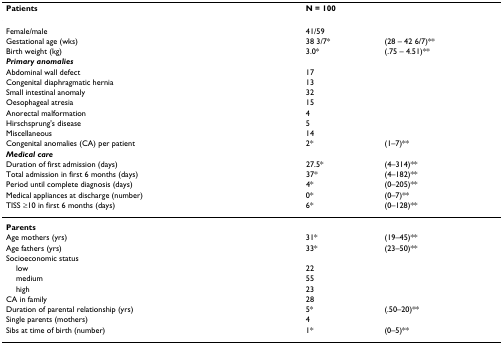
<table><thead><tr><td><b>Patients</b></td><td><b>N = 100</b></td><td></td></tr></thead><tbody><tr><td>Female/male</td><td>41/59</td><td></td></tr><tr><td>Gestational age (wks)</td><td>38 3/7*</td><td>(28 – 42 6/7)**</td></tr><tr><td>Birth weight (kg)</td><td>3.0*</td><td>(.75 – 4.51)**</td></tr><tr><td><b><i>Primary anomalies</i></b></td><td></td><td></td></tr><tr><td>Abdominal wall defect</td><td>17</td><td></td></tr><tr><td>Congenital diaphragmatic hernia</td><td>13</td><td></td></tr><tr><td>Small intestinal anomaly</td><td>32</td><td></td></tr><tr><td>Oesophageal atresia</td><td>15</td><td></td></tr><tr><td>Anorectal malformation</td><td>4</td><td></td></tr><tr><td>Hirschsprung&#x27;s disease</td><td>5</td><td></td></tr><tr><td>Miscellaneous</td><td>14</td><td></td></tr><tr><td>Congenital anomalies (CA) per patient</td><td>2*</td><td>(1–7)**</td></tr><tr><td><b><i>Medical care</i></b></td><td></td><td></td></tr><tr><td>Duration of first admission (days)</td><td>27.5*</td><td>(4–314)**</td></tr><tr><td>Total admission in first 6 months (days)</td><td>37*</td><td>(4–182)**</td></tr><tr><td>Period until complete diagnosis (days)</td><td>4*</td><td>(0–205)**</td></tr><tr><td>Medical appliances at discharge (number)</td><td>0*</td><td>(0–7)**</td></tr><tr><td>TISS ≥10 in first 6 months (days)</td><td>6*</td><td>(0–128)**</td></tr><tr><td><b>Parents</b></td><td></td><td></td></tr><tr><td>Age mothers (yrs)</td><td>31*</td><td>(19–45)**</td></tr><tr><td>Age fathers (yrs)</td><td>33*</td><td>(23–50)**</td></tr><tr><td>Socioeconomic status</td><td></td><td></td></tr><tr><td> low</td><td>22</td><td></td></tr><tr><td> medium</td><td>55</td><td></td></tr><tr><td> high</td><td>23</td><td></td></tr><tr><td>CA in family</td><td>28</td><td></td></tr><tr><td>Duration of parental relationship (yrs)</td><td>5*</td><td>(.50–20)**</td></tr><tr><td>Single parents (mothers)</td><td>4</td><td></td></tr><tr><td>Sibs at time of birth (number)</td><td>1*</td><td>(0–5)**</td></tr></tbody></table>